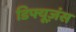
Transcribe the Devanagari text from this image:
डिफ्यूज़ंस